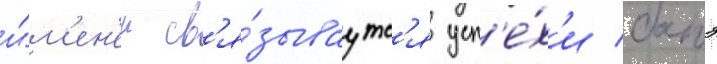
и́м'ен'ем св'я́зываутс'я усп'е́х'и батэ